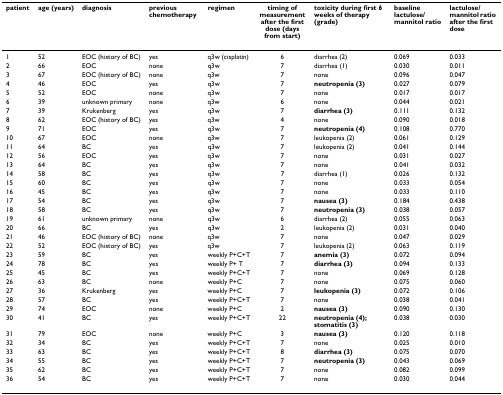
<table><thead><tr><td><b>patient</b></td><td><b>age (years)</b></td><td><b>diagnosis</b></td><td><b>previous chemotherapy</b></td><td><b>regimen</b></td><td><b>timing of measurement after the first dose (days from start)</b></td><td><b>toxicity during first 6 weeks of therapy (grade)</b></td><td><b>baseline lactulose/mannitol ratio</b></td><td><b>lactulose/mannitol ratio after the first dose</b></td></tr></thead><tbody><tr><td>1</td><td>52</td><td>EOC (history of BC)</td><td>yes</td><td>q3w (cisplatin)</td><td>6</td><td>diarrhea (2)</td><td>0.069</td><td>0.033</td></tr><tr><td>2</td><td>66</td><td>EOC</td><td>none</td><td>q3w</td><td>7</td><td>diarrhea (1)</td><td>0.030</td><td>0.011</td></tr><tr><td>3</td><td>67</td><td>EOC (history of BC)</td><td>none</td><td>q3w</td><td>7</td><td>none</td><td>0.096</td><td>0.047</td></tr><tr><td>4</td><td>46</td><td>EOC</td><td>yes</td><td>q3w</td><td>7</td><td><b>neutropenia (3)</b></td><td>0.027</td><td>0.079</td></tr><tr><td>5</td><td>52</td><td>EOC</td><td>none</td><td>q3w</td><td>7</td><td>none</td><td>0.017</td><td>0.017</td></tr><tr><td>6</td><td>39</td><td>unknown primary</td><td>none</td><td>q3w</td><td>6</td><td>none</td><td>0.044</td><td>0.021</td></tr><tr><td>7</td><td>39</td><td>Krukenberg</td><td>yes</td><td>q3w</td><td>7</td><td><b>diarrhea (3)</b></td><td>0.111</td><td>0.132</td></tr><tr><td>8</td><td>62</td><td>EOC (history of BC)</td><td>yes</td><td>q3w</td><td>4</td><td>none</td><td>0.090</td><td>0.018</td></tr><tr><td>9</td><td>71</td><td>EOC</td><td>yes</td><td>q3w</td><td>7</td><td><b>neutropenia (4)</b></td><td>0.108</td><td>0.770</td></tr><tr><td>10</td><td>67</td><td>EOC</td><td>none</td><td>q3w</td><td>7</td><td>leukopenia (2)</td><td>0.061</td><td>0.129</td></tr><tr><td>11</td><td>64</td><td>BC</td><td>yes</td><td>q3w</td><td>7</td><td>leukopenia (2)</td><td>0.041</td><td>0.144</td></tr><tr><td>12</td><td>56</td><td>EOC</td><td>yes</td><td>q3w</td><td>7</td><td>none</td><td>0.031</td><td>0.027</td></tr><tr><td>13</td><td>64</td><td>BC</td><td>yes</td><td>q3w</td><td>7</td><td>none</td><td>0.041</td><td>0.032</td></tr><tr><td>14</td><td>58</td><td>BC</td><td>yes</td><td>q3w</td><td>7</td><td>diarrhea (1)</td><td>0.026</td><td>0.132</td></tr><tr><td>15</td><td>60</td><td>BC</td><td>yes</td><td>q3w</td><td>7</td><td>none</td><td>0.033</td><td>0.054</td></tr><tr><td>16</td><td>45</td><td>BC</td><td>yes</td><td>q3w</td><td>7</td><td>none</td><td>0.033</td><td>0.110</td></tr><tr><td>17</td><td>54</td><td>BC</td><td>yes</td><td>q3w</td><td>7</td><td><b>nausea (3)</b></td><td>0.184</td><td>0.438</td></tr><tr><td>18</td><td>58</td><td>BC</td><td>yes</td><td>q3w</td><td>7</td><td><b>neutropenia (3)</b></td><td>0.038</td><td>0.057</td></tr><tr><td>19</td><td>61</td><td>unknown primary</td><td>none</td><td>q3w</td><td>6</td><td>diarrhea (2)</td><td>0.055</td><td>0.063</td></tr><tr><td>20</td><td>66</td><td>BC</td><td>yes</td><td>q3w</td><td>2</td><td>leukopenia (2)</td><td>0.031</td><td>0.040</td></tr><tr><td>21</td><td>46</td><td>EOC (history of BC)</td><td>none</td><td>q3w</td><td>7</td><td>none</td><td>0.047</td><td>0.029</td></tr><tr><td>22</td><td>52</td><td>EOC (history of BC)</td><td>yes</td><td>q3w</td><td>7</td><td>leukopenia (2)</td><td>0.063</td><td>0.119</td></tr><tr><td>23</td><td>59</td><td>BC</td><td>yes</td><td>weekly P+C+T</td><td>7</td><td><b>anemia (3)</b></td><td>0.072</td><td>0.094</td></tr><tr><td>24</td><td>78</td><td>BC</td><td>yes</td><td>weekly P+ T</td><td>7</td><td><b>diarrhea (3)</b></td><td>0.094</td><td>0.133</td></tr><tr><td>25</td><td>45</td><td>BC</td><td>yes</td><td>weekly P+C+T</td><td>7</td><td>none</td><td>0.069</td><td>0.128</td></tr><tr><td>26</td><td>63</td><td>BC</td><td>none</td><td>weekly P+C</td><td>7</td><td>none</td><td>0.075</td><td>0.060</td></tr><tr><td>27</td><td>36</td><td>Krukenberg</td><td>yes</td><td>weekly P+C</td><td>7</td><td><b>leukopenia (3)</b></td><td>0.072</td><td>0.106</td></tr><tr><td>28</td><td>57</td><td>BC</td><td>yes</td><td>weekly P+C+T</td><td>7</td><td>none</td><td>0.038</td><td>0.041</td></tr><tr><td>29</td><td>74</td><td>EOC</td><td>none</td><td>weekly P+C</td><td>2</td><td><b>nausea (3)</b></td><td>0.090</td><td>0.130</td></tr><tr><td>30</td><td>41</td><td>BC</td><td>yes</td><td>weekly P+C+T</td><td>22</td><td><b>neutropenia (4); stomatitis (3)</b></td><td>0.038</td><td>0.030</td></tr><tr><td>31</td><td>79</td><td>EOC</td><td>none</td><td>weekly P+C</td><td>3</td><td><b>nausea (3)</b></td><td>0.120</td><td>0.118</td></tr><tr><td>32</td><td>34</td><td>BC</td><td>yes</td><td>weekly P+C+T</td><td>7</td><td>none</td><td>0.025</td><td>0.010</td></tr><tr><td>33</td><td>63</td><td>BC</td><td>yes</td><td>weekly P+C+T</td><td>8</td><td><b>diarrhea (3)</b></td><td>0.075</td><td>0.070</td></tr><tr><td>34</td><td>55</td><td>BC</td><td>yes</td><td>weekly P+C+T</td><td>7</td><td><b>neutropenia (3)</b></td><td>0.043</td><td>0.069</td></tr><tr><td>35</td><td>62</td><td>BC</td><td>yes</td><td>weekly P+C+T</td><td>7</td><td>none</td><td>0.082</td><td>0.099</td></tr><tr><td>36</td><td>54</td><td>BC</td><td>yes</td><td>weekly P+C+T</td><td>7</td><td>none</td><td>0.030</td><td>0.044</td></tr></tbody></table>